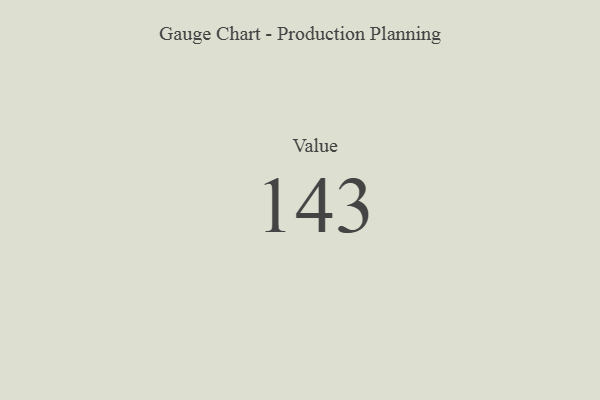
{"axis": {"x": "Metric", "y": "Value"}, "legend": [""], "data": [{"x": "Value", "y": 143, "type": ""}]}